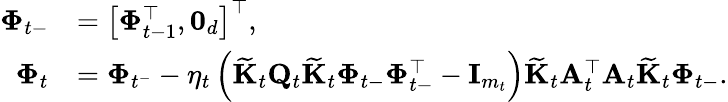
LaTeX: \begin{array}{rl}{\boldsymbol{\Phi}_{t-}}&{=\left[\boldsymbol{\Phi}_{t-1}^{\top},\mathbf{0}_{d}\right]^{\top},}\\ {\boldsymbol{\Phi}_{t}}&{=\boldsymbol{\Phi}_{t^{-}}-\eta_{t}\left(\widetilde{\mathbf{K}}_{t}\mathbf{Q}_{t}\widetilde{\mathbf{K}}_{t}\boldsymbol{\Phi}_{t-}\boldsymbol{\Phi}_{t-}^{\top}-\mathbf{I}_{m_{t}}\right)\widetilde{\mathbf{K}}_{t}\mathbf{A}_{t}^{\top}\mathbf{A}_{t}\widetilde{\mathbf{K}}_{t}\boldsymbol{\Phi}_{t-}.}\end{array}